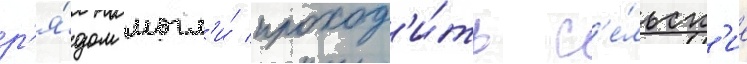
р'я́дом могл'и́ проход'и́ть с'е́льск'ие